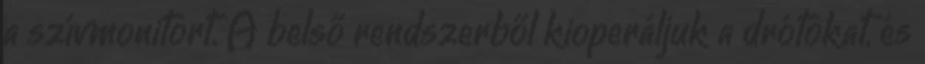
a szívmonitort. A belső rendszerből kioperáljuk a drótokat, és